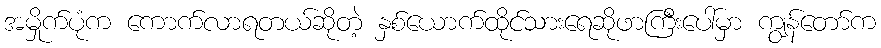
အမှိုက်ပုံက ကောက်လာရတယ်ဆိုတဲ့ နှစ်ယောက်ထိုင်သားရေဆိုဖာကြီးပေါ်မှာ ကျွန်တော်က